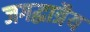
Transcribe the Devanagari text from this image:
जगद्धात्रैय